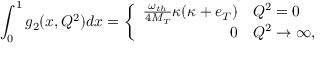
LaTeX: \int _ { 0 } ^ { 1 } g _ { 2 } ( x , Q ^ { 2 } ) d x = \left\{ \begin{array} { r l } { { \frac { \omega _ { t h } } { 4 M _ { T } } \kappa ( \kappa + e _ { T } ) } } & { { Q ^ { 2 } = 0 } } \\ { { 0 } } & { { Q ^ { 2 } \to \infty , } } \end{array} \right.